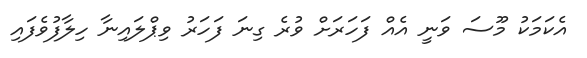
އެކަމަކު މޫސަ ވަނީ އެއް ފަހަރަށް ވުރެ ގިނަ ފަހަރު ވިޕްލައިނާ ހިލާފުވެފައި